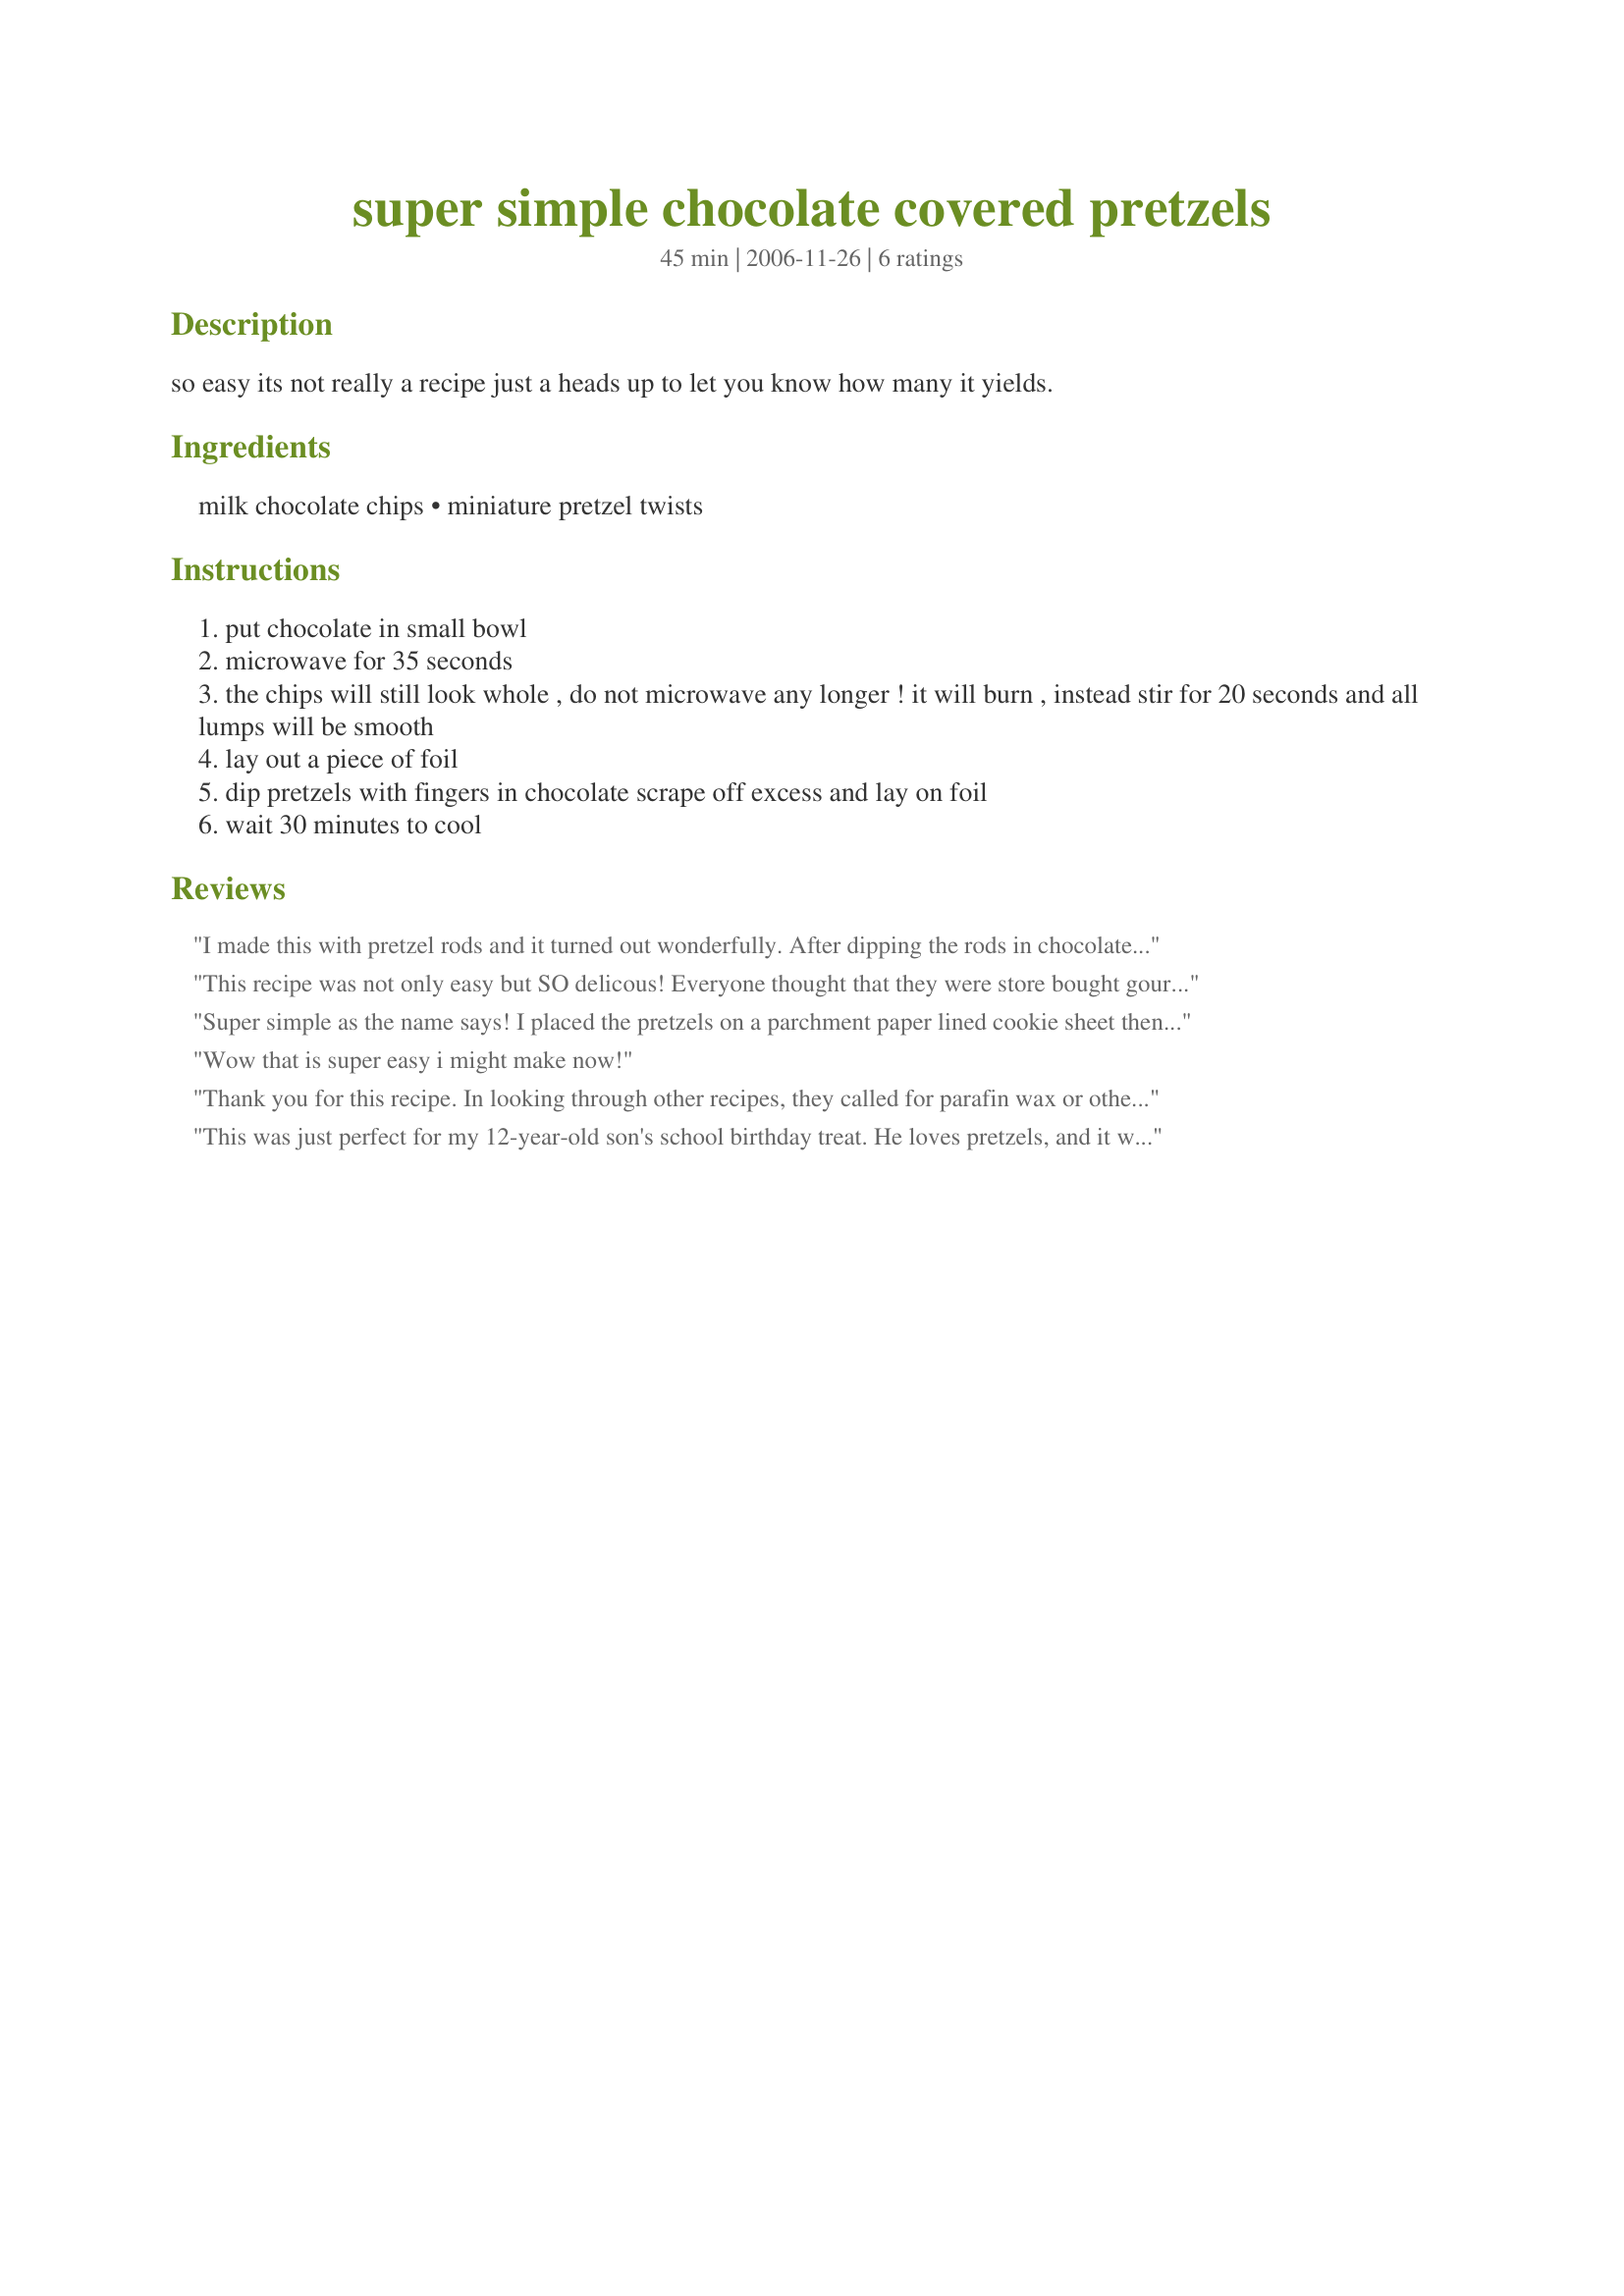
super simple chocolate covered pretzels
Preparation time: 45 minutes

so easy its not really a recipe just a heads up to let you know how many it yields.

Ingredients:
milk chocolate chips, miniature pretzel twists

Steps:
put chocolate in small bowl
microwave for 35 seconds
the chips will still look whole , do not microwave any longer ! it will burn , instead stir for 20 seconds and all lumps will be smooth
lay out a piece of foil
dip pretzels with fingers in chocolate scrape off excess and lay on foil
wait 30 minutes to cool

Reviews:
I made this with pretzel rods and it turned out wonderfully. After dipping the rods in chocolate, I sprinkled sugar crystals on them, which made them look pretty. I wrapped a few in decorative baggies and gave them away as gifts.
This recipe was not only easy but SO delicous! Everyone thought that they were store bought gourmet pretzels. Just for fun also used a couple of broken pretzel rods dipped them halfway and then put some cake shots on them they were so delicous and super inexpensive to make!! Thanks for the best recipe ever!!
Super simple as the name says! I placed the pretzels on a parchment paper lined cookie sheet then drizzzled the melted chocolate over the pretzels. I loved the salty, sweet taste, these could be addictive!!
Wow that is super easy i might make now!
Thank you for this recipe. In looking through other recipes, they called for parafin wax or other ingredients that I didnt have on hand and didnt really want to use. Others called for butter which was too late as I had already started melting the chocolate. This was simple and worked great. I used all organic ingredients (thank you Paul Newman!) and used dark chocolate instead of the milk chocolate. It took about 30 minutes to harden as the directions said, and I really appreciated the tip to not put them in the fridge; I had been doing that in the past and now I know why they would always melt after wards. Thank you for this recipe.
This was just perfect for my 12-year-old son's school birthday treat. He loves pretzels, and it was a much more healthful alternative to the typical cupcakes. I covered 130 pretzels in just 30 minutes, so it really was super simple! I used two bags (11.5 oz) of chips and had to microwave each of them for about 90 seconds. Thanks for such an awesome recipe!
